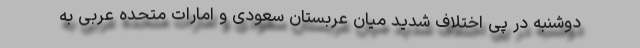
دوشنبه در پی اختلاف شدید میان عربستان سعودی و امارات متحده عربی به